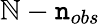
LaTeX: \mathbb{N}-\mathtt{n}_{obs}